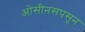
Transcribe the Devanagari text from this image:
ओसीनसपसून